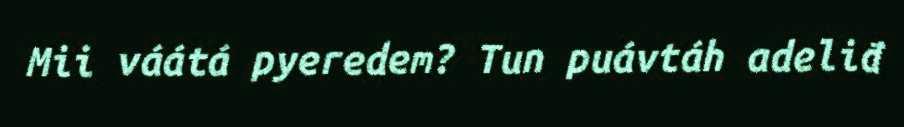
Mii váátá pyeredem? Tun puávtáh adeliđ